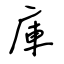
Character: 庫